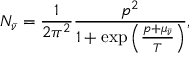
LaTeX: N _ { \bar { \nu } } = \frac { 1 } { 2 \pi ^ { 2 } } \frac { p ^ { 2 } } { 1 + \exp { \left( \frac { p + \mu _ { \bar { \nu } } } { T } \right) } } ,